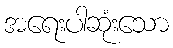
အရေးပါဆုံးသော